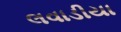
લવાડીયા